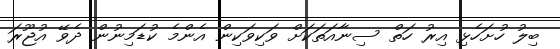
ބިލު ހުށަހެޅި އިރު ހަތް ސިނާއަތަކަށް ވަކިވަކިން އެންމެ ކުޑަމިނުން ދެވޭ އުޖޫރަ